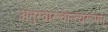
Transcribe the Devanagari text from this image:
अनुस्वारश्चान्त्यरूपम्